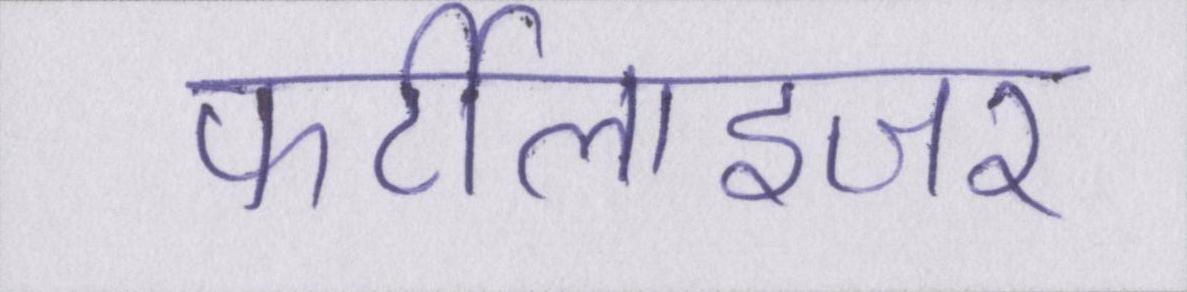
फर्टीलाइजर